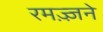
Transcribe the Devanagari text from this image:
रमज़्ज़ने